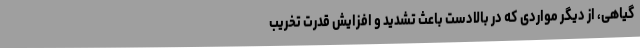
گیاهی، از دیگر مواردی که در بالادست باعث تشدید و افزایش قدرت تخریب